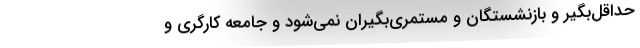
حداقل‌بگیر و بازنشستگان و مستمری‌بگیران نمی‌شود و جامعه کارگری و